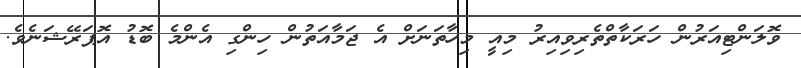
ވޮލަންޓިއަރުން ހަރަކާތްތެރިވިއިރު މިއީ މިހާތަނަށް އެ ޖަމާއަތުން ހިންގި އެންމެ ބޮޑު އޮޕަރޭޝަނެވެ.